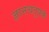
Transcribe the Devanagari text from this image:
ज्ञानचतुपकं